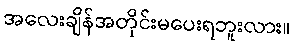
အလေးချိန်အတိုင်းမပေးရဘူးလား။